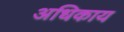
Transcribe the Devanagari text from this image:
अधिकाय